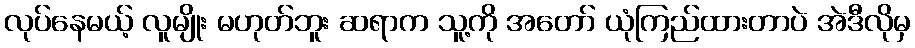
လုပ်နေမယ့် လူမျိုး မဟုတ်ဘူး ဆရာက သူ့ကို အတော် ယုံကြည်ထားတာပဲ အဲဒီလိုမှ